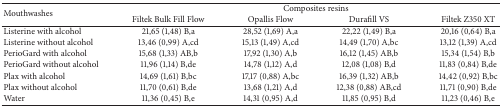
| <ROWSPAN=2> Mouthwashes | <COLSPAN=4> Composites resins |
 | Filtek Bulk Fill Flow | Opallis Flow | Durafill VS | Filtek Z350 XT |
 | --- | --- | --- | --- | --- |
 | Listerine with alcohol | 21,65 (1,48) B,a | 28,52 (1,69) A,a | 22,22 (1,49) B,a | 20,16 (0,64) B,a |
 | Listerine without alcohol | 13,46 (0,99) A,cd | 15,13 (1,49) A,cd | 14,49 (1,70) A,bc | 13,12 (1,39) A,cd |
 | PerioGard with alcohol | 15,68 (1,33) AB,b | 17,92 (1,30) A,b | 16,12 (1,45) AB,b | 15,34 (1,54) B,b |
 | PerioGard without alcohol | 11,96 (1,14) B,de | 14,78 (1,12) A,d | 12,08 (1,08) B,d | 11,83 (0,84) B,de |
 | Plax with alcohol | 14,69 (1,61) B,bc | 17,17 (0,88) A,bc | 16,39 (1,32) AB,b | 14,42 (0,92) B,bc |
 | Plax without alcohol | 11,70 (0,61) B,de | 13,68 (1,21) A,d | 12,38 (0,88) AB,cd | 11,71 (0,90) B,de |
 | Water | 11,36 (0,45) B,e | 14,31 (0,95) A,d | 11,85 (0,95) B,d | 11,23 (0,46) B,e |